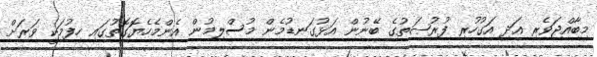
މިބާއްޖަވެރި އަދި އަގުހުރި ފުރުޞަތުގެ ބޭނުން އަޅުގަނޑުމެން މުސްލިމުން އެންމެހެޔޮގޮތުގައި ހިފުމަކީ ވަރަށް